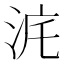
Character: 𣳥